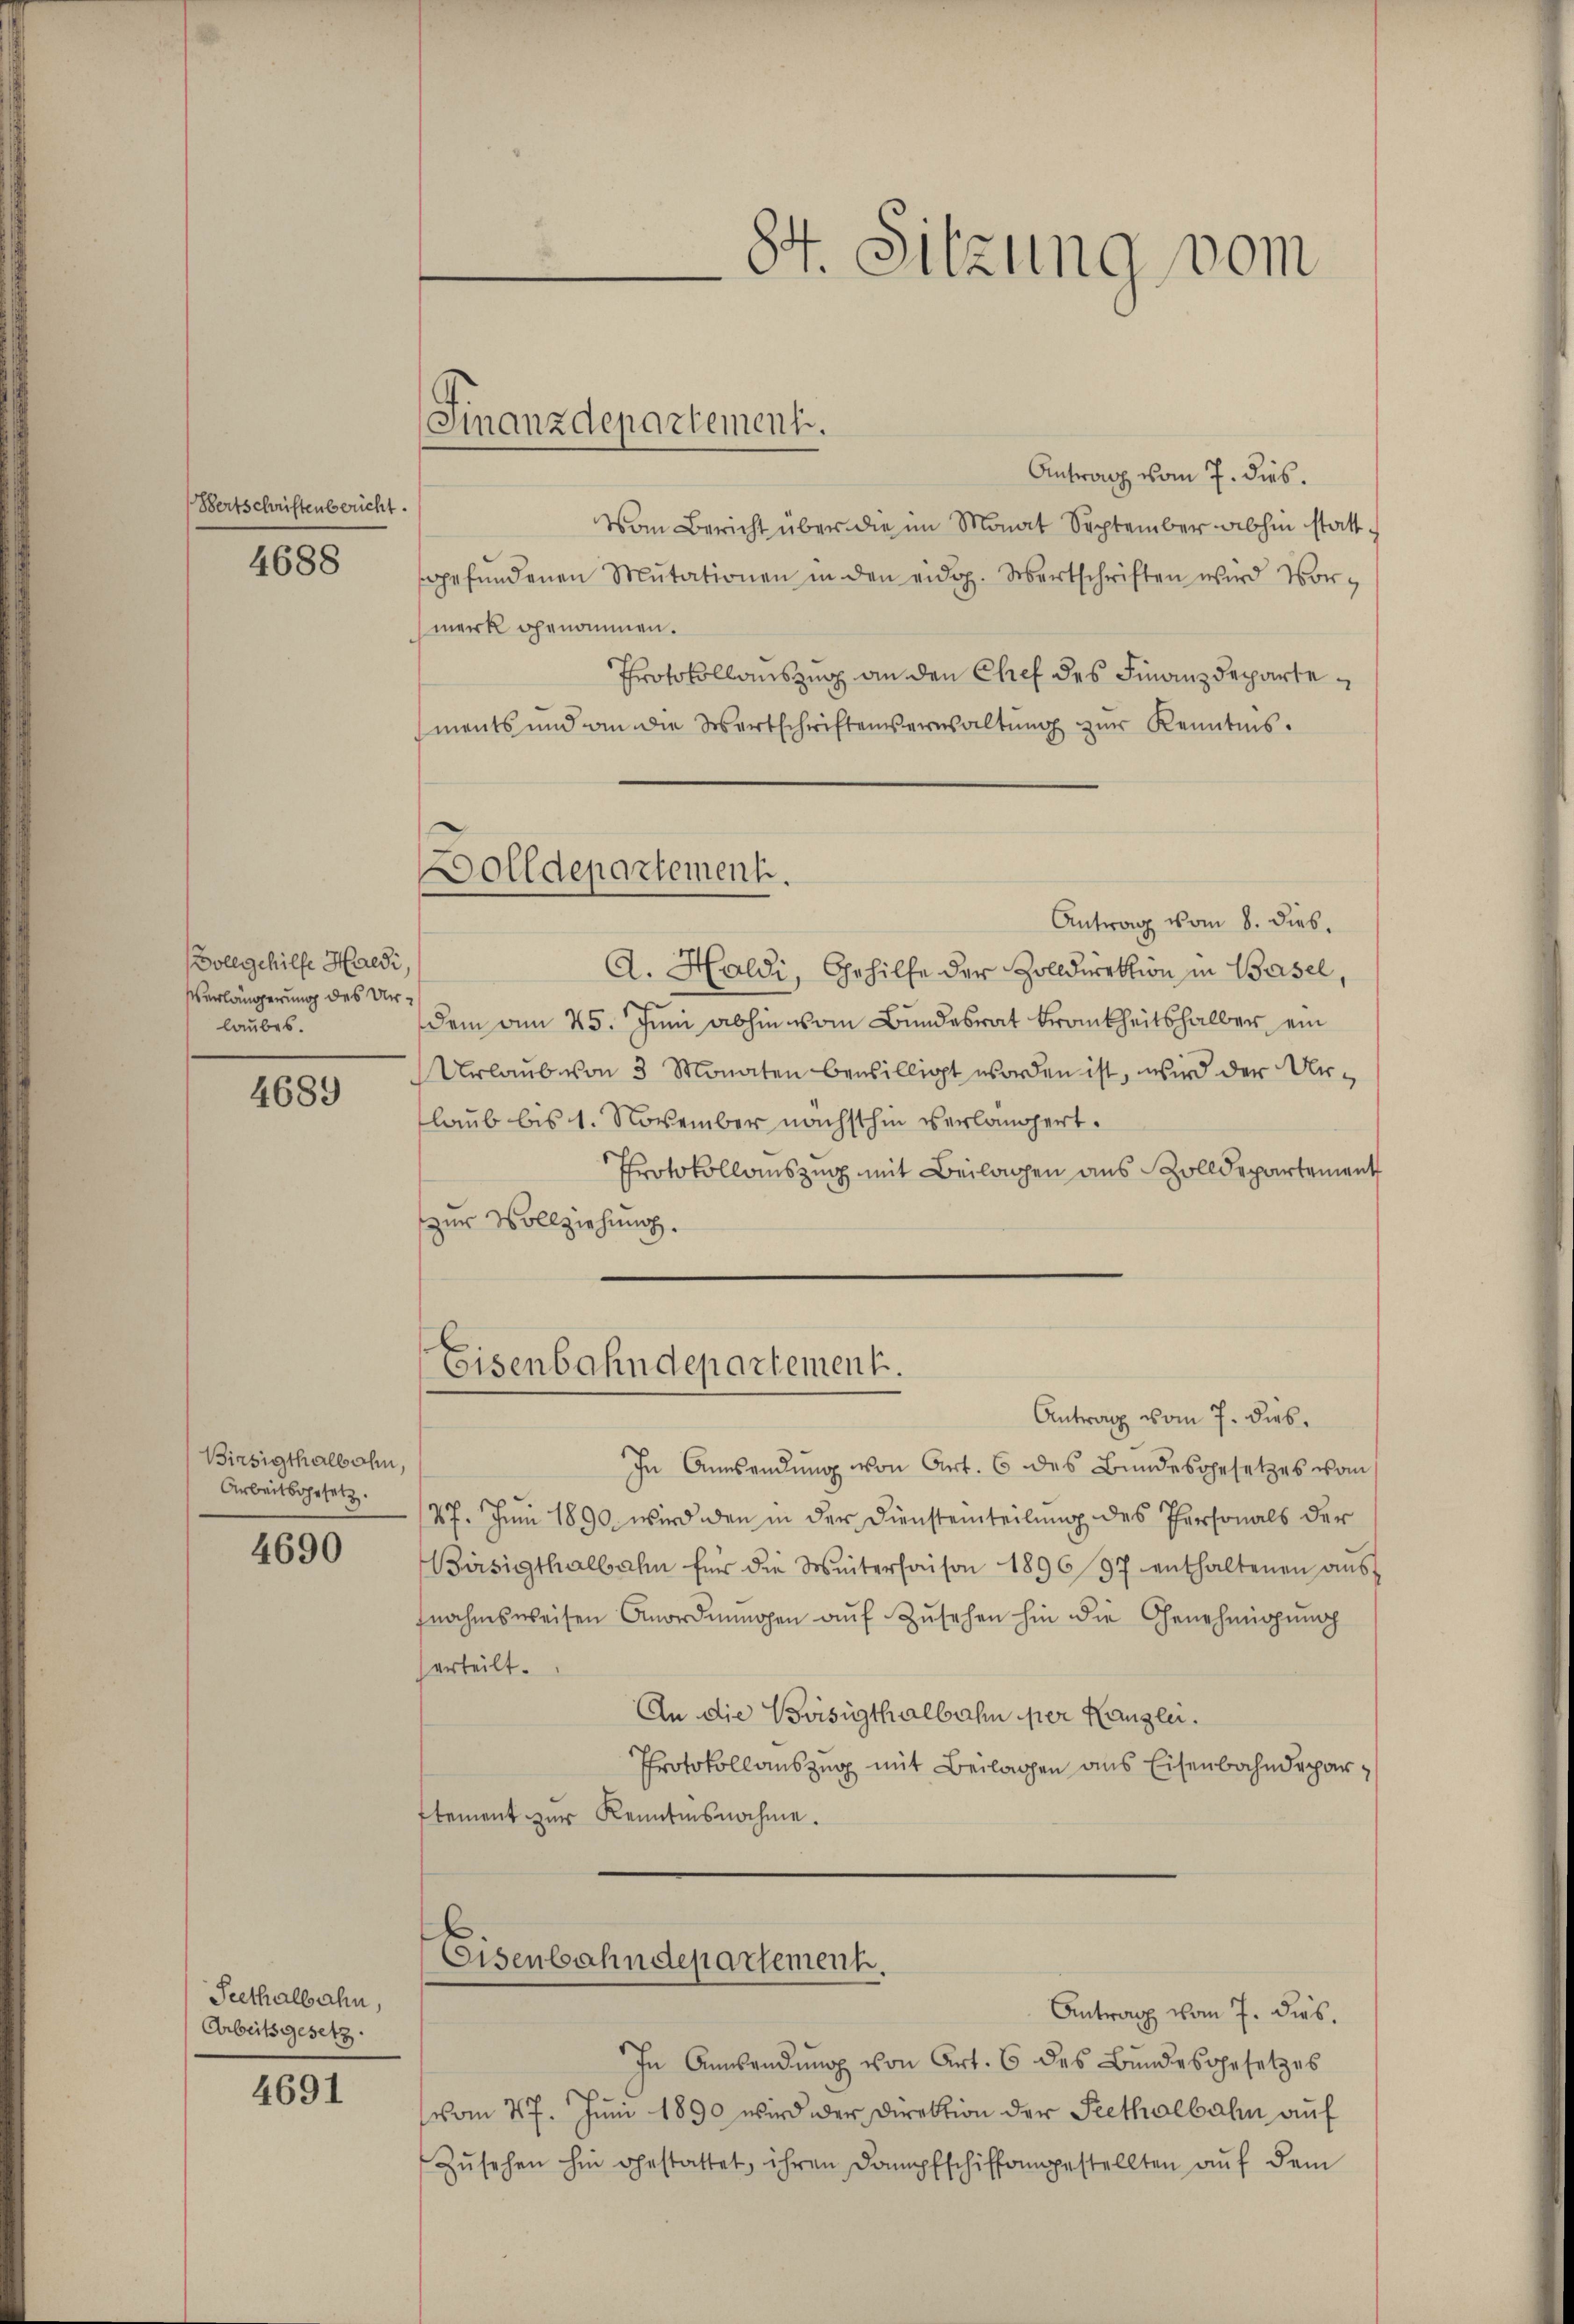
Bertschriftenbericht.

4688

Vollgehilfe Haedi
Verlängerung des Urlaubes.

4689

Birsigthalbahn,
Arbeitsgesetz

4690

Teethalbahn,
Arbeitsgesetz

4691

Finanzdepartement.

Antrag vom 7. dies.
Vom Bericht über die im Monat September abhin stattgefŭndenen Mutationen in den eidg. Wertschriften wird Vormerk genommen.
Protokollauszug an den Chef des Finanzdepartements und an die Wertschriftenerwaltung zur Kenntnis.
Antrag vom 8. Dieb¬
A. Haldi, Gehilfe der Zolldirektion in Basel,
dem am 25. Juni abhin vom Bundesrat Frankheitshalber ein
Urlaub von 3 Monaten bewilligt worden ist, wird der Überlaub bis 1. November nächsthin verlängert.
Protokollauszug mit Beilagen aus Zolldepartement
zur Vollziehung.
Eisenbahndepartement.
Antrag vom 7. Dieb.
In Aussendung von Art. 6 des Bundesgesetzes vom
47. Juni 1890 wird den in der Diensteinteilung des Personals der
Birsigthalbahn für die Winterhanson 1896/97 enthaltenen aŭs-
nahmsweisen Anordnŭngen aŭf Zŭsehen hin die Genehmigŭng
erteilt.
An die Bäsigthalbahn per Kanzlei.
Protokollauszug mit Beilagen aus Eisenbahndeparstement zur Kenntnisnahme.

Dolldepartement.

Eisenbahndepartement.

84. Sitzung vom

Antrag vom 7. dies.
In Anwendung von Art. 6 des Bundesgesetzes
vom 27. Juni 1890 wird der Direktion der Seethalbahn auf
Zŭsehen hin gestattet, ihren Dampfschiffangestellten aŭf dem